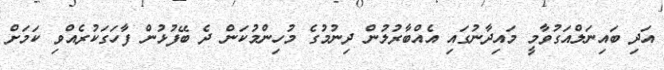
އަދި ބައިނަލްއަގުވާމީ މައިދާނުގައި އެއްބާރުލުން ދިނުމުގެ މުހިންމުކަން ދެ ބޭފުޅުން ފާހަގަކުރެއްވި ކަމަށް